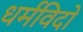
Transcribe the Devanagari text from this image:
धर्मविदों